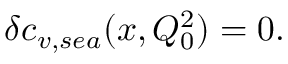
\delta c _ { v , s e a } ( x , Q _ { 0 } ^ { 2 } ) = 0 .